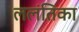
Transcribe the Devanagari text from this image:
ललंतिका